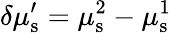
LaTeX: \delta\mu_{\mathrm{s}}^{\prime}=\mu_{\mathrm{s}}^{2}-\mu_{\mathrm{s}}^{1}